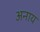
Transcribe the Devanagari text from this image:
अनाय